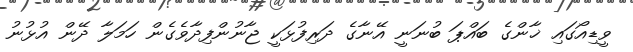
ވީޑިއޯގައި ޚާންގެ ބައްޕަ ބުނަނީ އޭނާގެ ދަރިފުޅަކީ ޖާނުންފިދާވެގެން ހަމަލާ ދޭން އުޅުނު